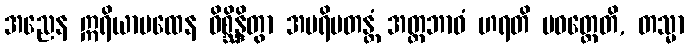
အညေန ဣရိယာပထေန ဝိစ္ဆိန္ဒိတွာ အပရိပတန္တံ အတ္တဘာဝံ ဟရတိ ပဝတ္တေတိ, တသ္မာ